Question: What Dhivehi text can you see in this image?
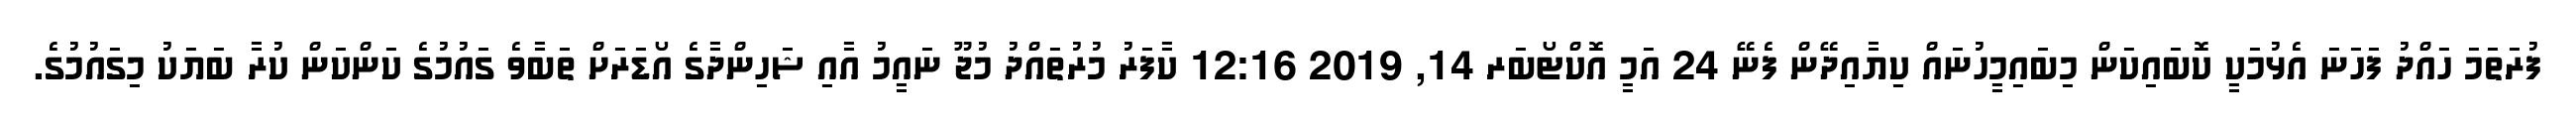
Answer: ފުރަތަމަ ހައްދު ފަހަނަ އެޅުމަކީ ކޮބައިކަން މިބައިމީހުނައް ކިޔާއިދޭން ފެނޭ 24 އަމީ އޮކްޓޯބަރ 14, 2019 12:16 ކާފަރު މުރުތައްދު މުޖޫ ނައީމު އާއި ޝަހިންދާގެ އޯޑަރަށް ތަބާވެ ގައުމުގެ ކަންކަން ކުރާ ބަޔަކު މިގައުމުގެ.